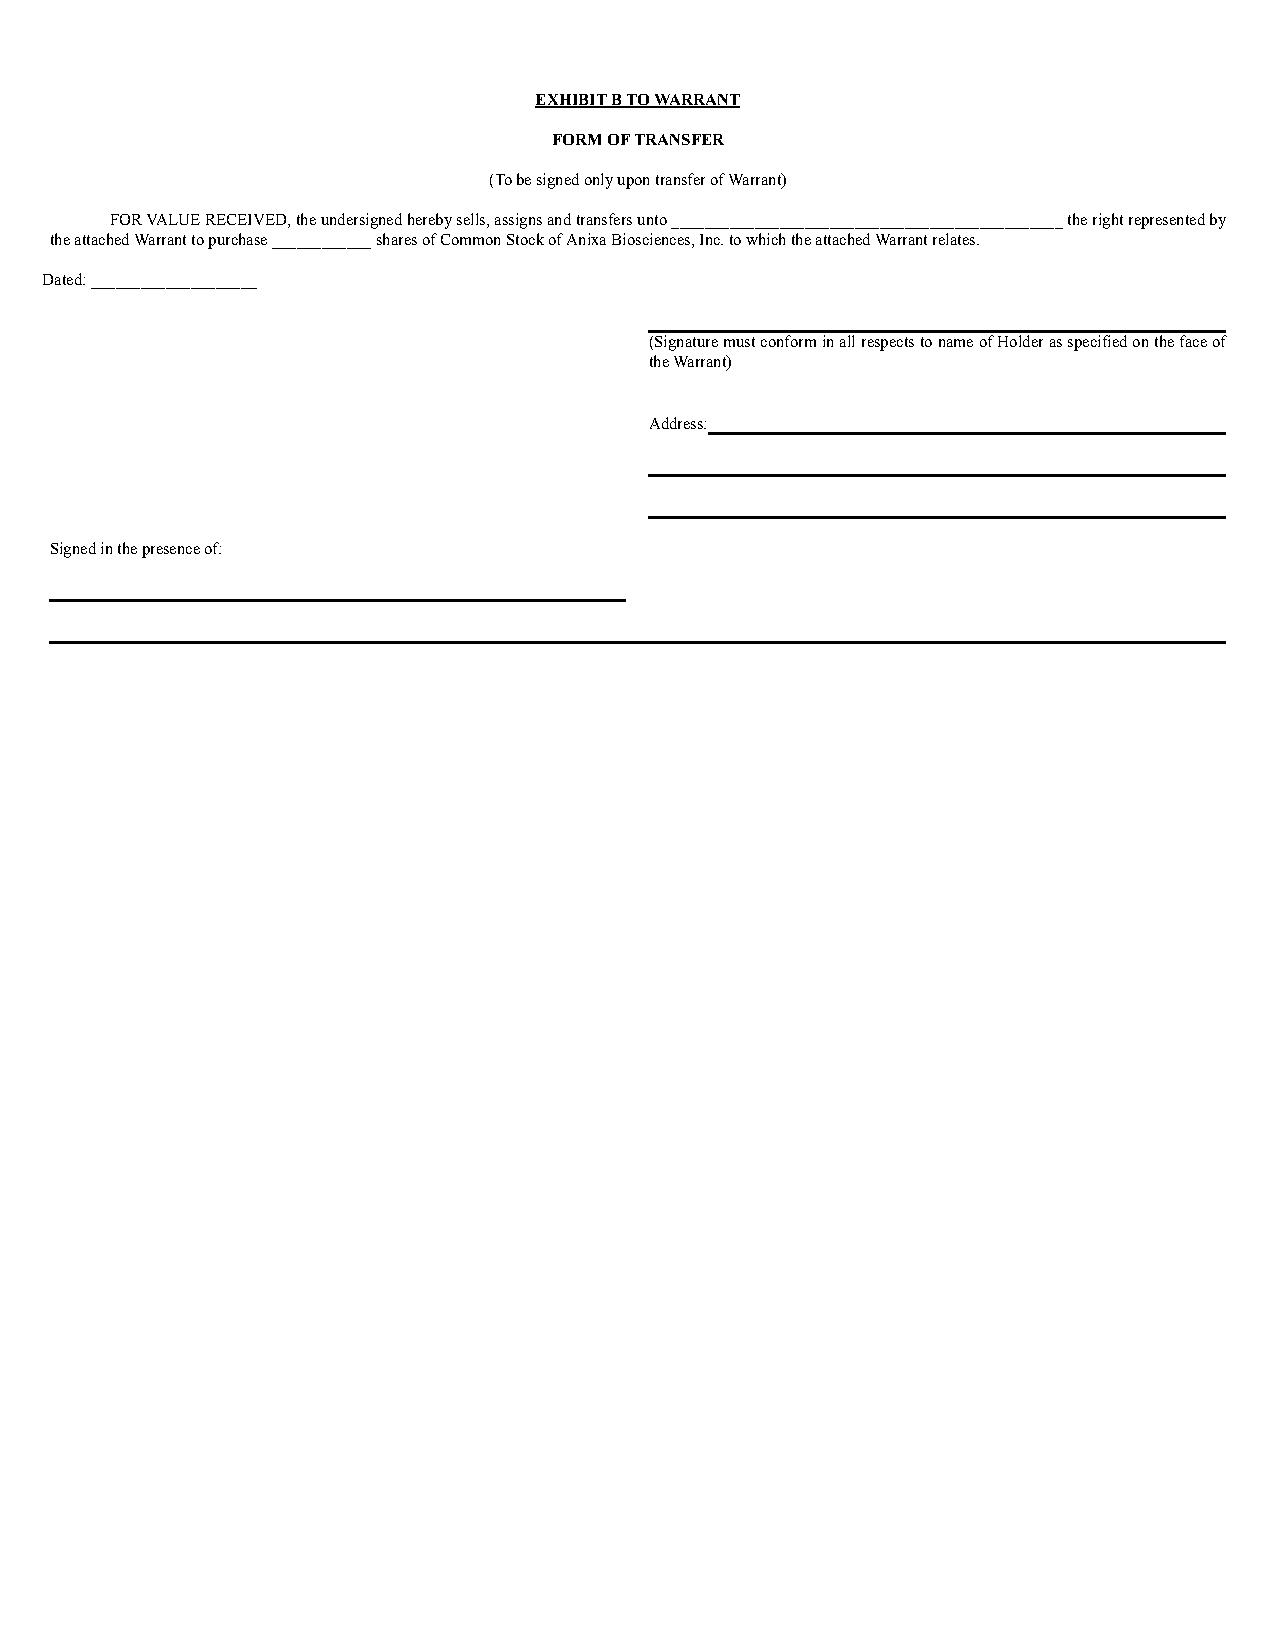
EXHIBIT B TO WARRANT
 FORM OF TRANSFER
 (To be signed only upon transfer of Warrant)
 FOR VALUE RECEIVED, the undersigned hereby sells, assigns and transfers unto _______________________________________________ the right represented by
 the attached Warrant to purchase ____________ shares of Common Stock of Anixa Biosciences, Inc. to which the attached Warrant relates.
 Dated: ____________________
 (Signature must conform in all respects to name of Holder as specified on the face of
 the Warrant)
 Address:
 Signed in the presence of: